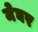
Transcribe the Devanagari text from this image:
मेघर